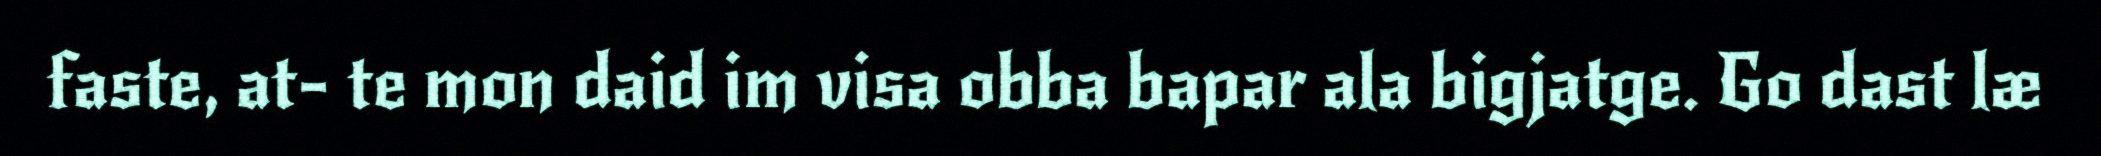
faste, at- te mon daid im visa obba bapar ala bigjatge. Go dast læ